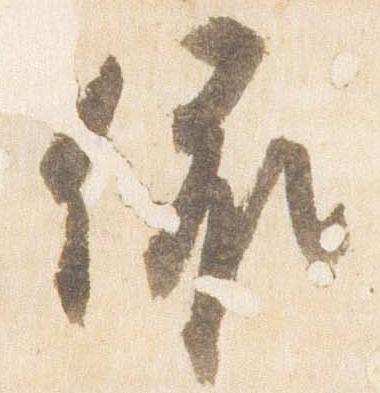
依